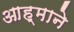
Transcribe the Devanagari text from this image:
आह्माने